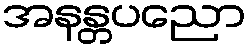
အနန္တပညော